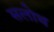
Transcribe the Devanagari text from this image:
सलोथ